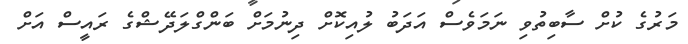
މަރުގެ ކުށް ސާބިތުވި ނަމަވެސް އަދަބު ލުއިކޮށް ދިނުމަށް ބަންގްލަދޭޝްގެ ރައީސް އަށް